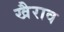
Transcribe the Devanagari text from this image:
खैराव